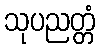
သုပညတ္တံ